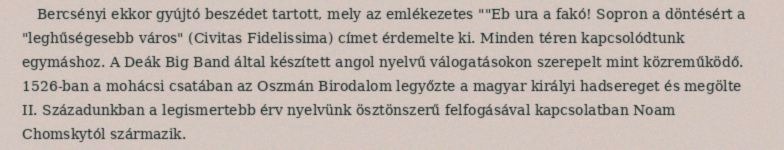
Bercsényi ekkor gyújtó beszédet tartott, mely az emlékezetes ""Eb ura a fakó! Sopron a döntésért a "leghűségesebb város" (Civitas Fidelissima) címet érdemelte ki. Minden téren kapcsolódtunk egymáshoz. A Deák Big Band által készített angol nyelvű válogatásokon szerepelt mint közreműködő. 1526-ban a mohácsi csatában az Oszmán Birodalom legyőzte a magyar királyi hadsereget és megölte II. Századunkban a legismertebb érv nyelvünk ösztönszerű felfogásával kapcsolatban Noam Chomskytól származik.